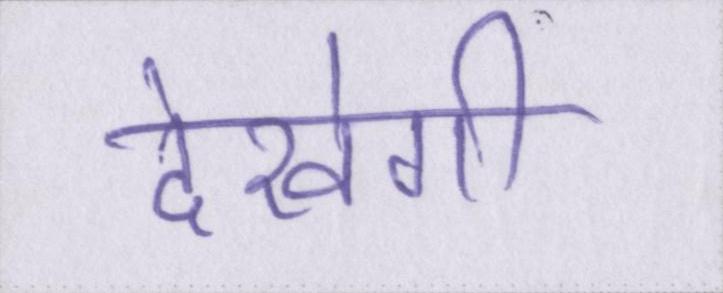
देखेगी